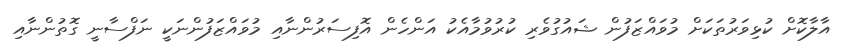
އާލާކޮށް ކުޅިވަރުތަކަށް މުވައްޒަފުން ޝައުގުވެރި ކުރުވުމާއެކު އަންހެން އޮފިސަރުންނާއި މުވައްޒަފުންނަކީ ނަފްސާނީ ގޮތުންނާއި